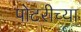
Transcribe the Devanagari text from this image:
पोटरीच्या